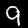
Label: 9